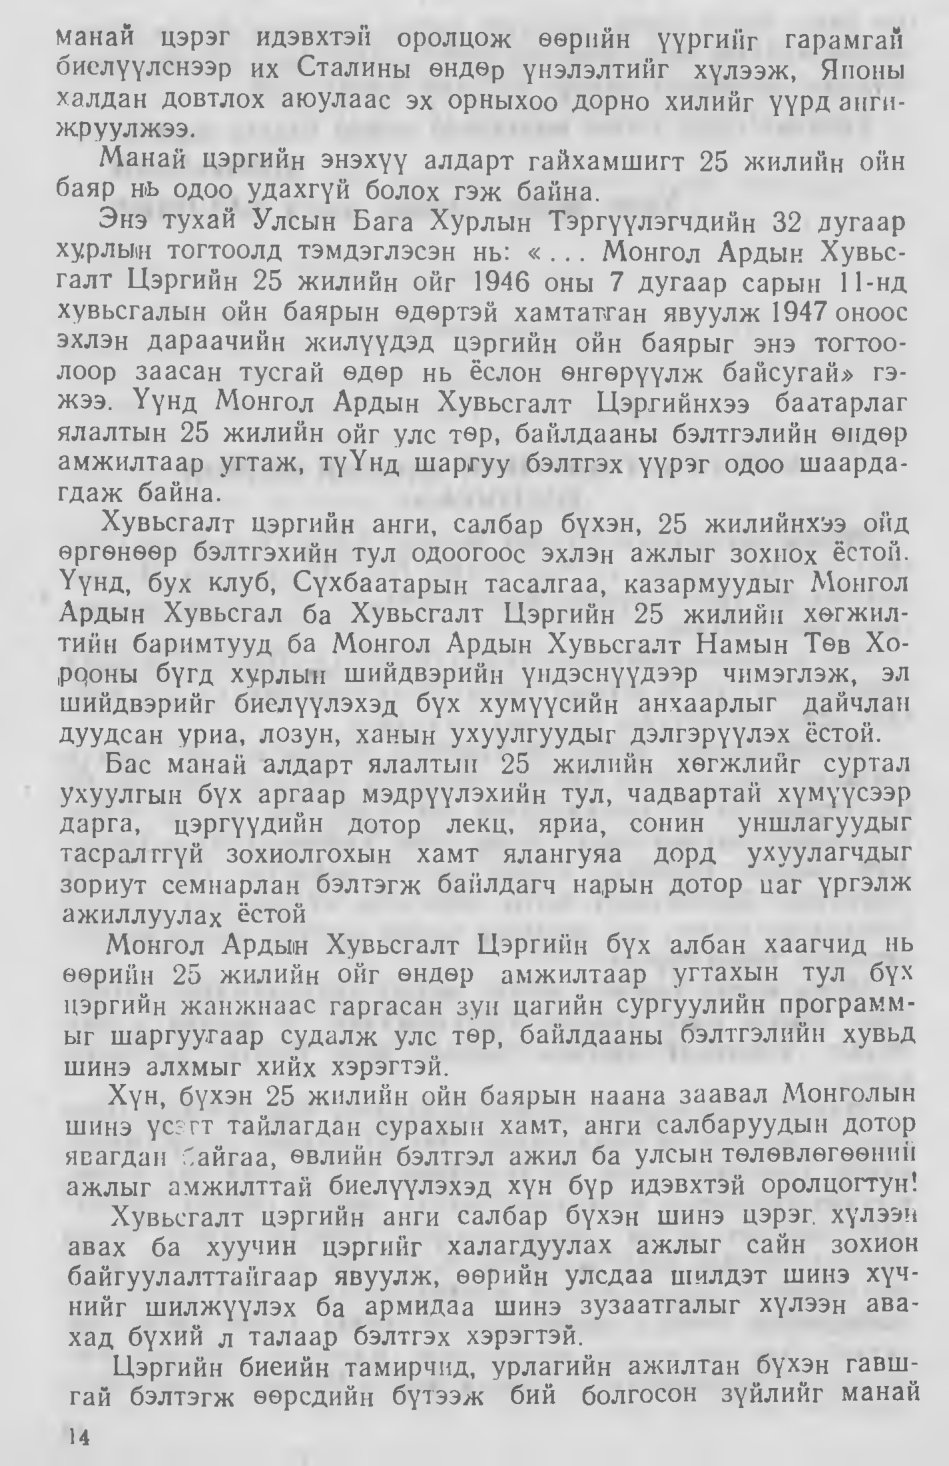
Language: mn